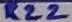
Text: R22